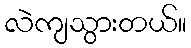
လဲကျသွားတယ်။